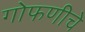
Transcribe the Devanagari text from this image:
गोफणीचे